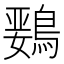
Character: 𲍣